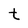
Character: t